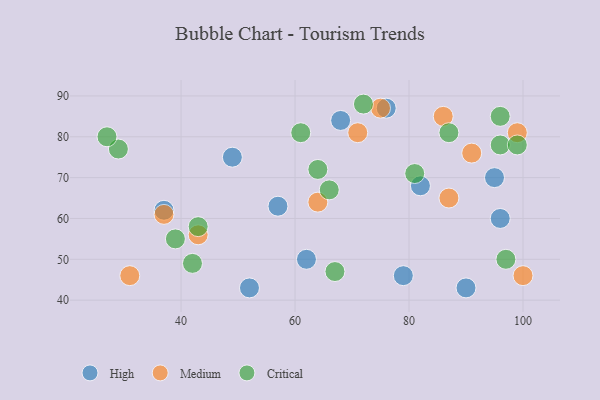
{"axis": {"x": "GDP", "y": "Life Expectancy"}, "legend": ["Critical", "High", "Medium"], "data": [{"x": "90", "y": 43, "type": "High"}, {"x": "95", "y": 70, "type": "High"}, {"x": "57", "y": 63, "type": "High"}, {"x": "68", "y": 84, "type": "High"}, {"x": "62", "y": 50, "type": "High"}, {"x": "49", "y": 75, "type": "High"}, {"x": "52", "y": 43, "type": "High"}, {"x": "96", "y": 60, "type": "High"}, {"x": "37", "y": 62, "type": "High"}, {"x": "79", "y": 46, "type": "High"}, {"x": "82", "y": 68, "type": "High"}, {"x": "76", "y": 87, "type": "High"}, {"x": "64", "y": 64, "type": "Medium"}, {"x": "86", "y": 85, "type": "Medium"}, {"x": "43", "y": 56, "type": "Medium"}, {"x": "91", "y": 76, "type": "Medium"}, {"x": "31", "y": 46, "type": "Medium"}, {"x": "71", "y": 81, "type": "Medium"}, {"x": "100", "y": 46, "type": "Medium"}, {"x": "75", "y": 87, "type": "Medium"}, {"x": "87", "y": 65, "type": "Medium"}, {"x": "37", "y": 61, "type": "Medium"}, {"x": "99", "y": 81, "type": "Medium"}, {"x": "42", "y": 49, "type": "Critical"}, {"x": "66", "y": 67, "type": "Critical"}, {"x": "97", "y": 50, "type": "Critical"}, {"x": "96", "y": 78, "type": "Critical"}, {"x": "99", "y": 78, "type": "Critical"}, {"x": "72", "y": 88, "type": "Critical"}, {"x": "64", "y": 72, "type": "Critical"}, {"x": "96", "y": 85, "type": "Critical"}, {"x": "43", "y": 58, "type": "Critical"}, {"x": "29", "y": 77, "type": "Critical"}, {"x": "39", "y": 55, "type": "Critical"}, {"x": "81", "y": 71, "type": "Critical"}, {"x": "67", "y": 47, "type": "Critical"}, {"x": "61", "y": 81, "type": "Critical"}, {"x": "27", "y": 80, "type": "Critical"}, {"x": "87", "y": 81, "type": "Critical"}]}